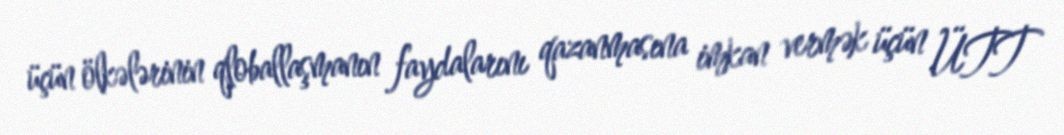
üçün ölkələrinin qloballaşmanın faydalarını qazanmasına imkan vermək üçün ÜTT